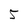
Character: 5